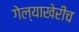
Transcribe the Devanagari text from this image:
गेल्याखेरीच